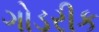
ગોડરીક